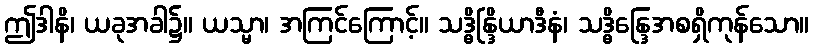
ဤဒါနိ၊ ယခုအခါ၌။ ယသ္မာ၊ အကြင်ကြောင့်။ သဒ္ဓိန္ဒြိယာဒီနံ၊ သဒ္ဓိန္ဒြေအစရှိကုန်သော။